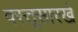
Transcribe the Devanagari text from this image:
वस्तूसारखे